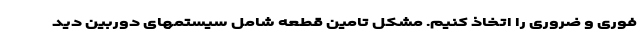
فوری و ضروری را اتخاذ کنیم. مشکل تامین قطعه شامل سیستمهای دوربین دید